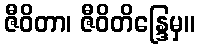
ဇီဝိတာ၊ ဇီဝိတိန္ဒြေမှ။